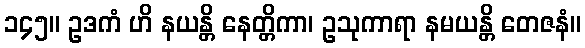
၁၄၅။ ဥဒကံ ဟိ နယန္တိ နေတ္တိကာ၊ ဥသုကာရာ နမယန္တိ တေဇနံ။